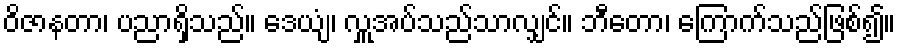
ဝိဇာနတာ၊ ပညာရှိသည်။ ဒေယျံ၊ လှူအပ်သည်သာလျှင်။ ဘီတော၊ ကြောက်သည်ဖြစ်၍။